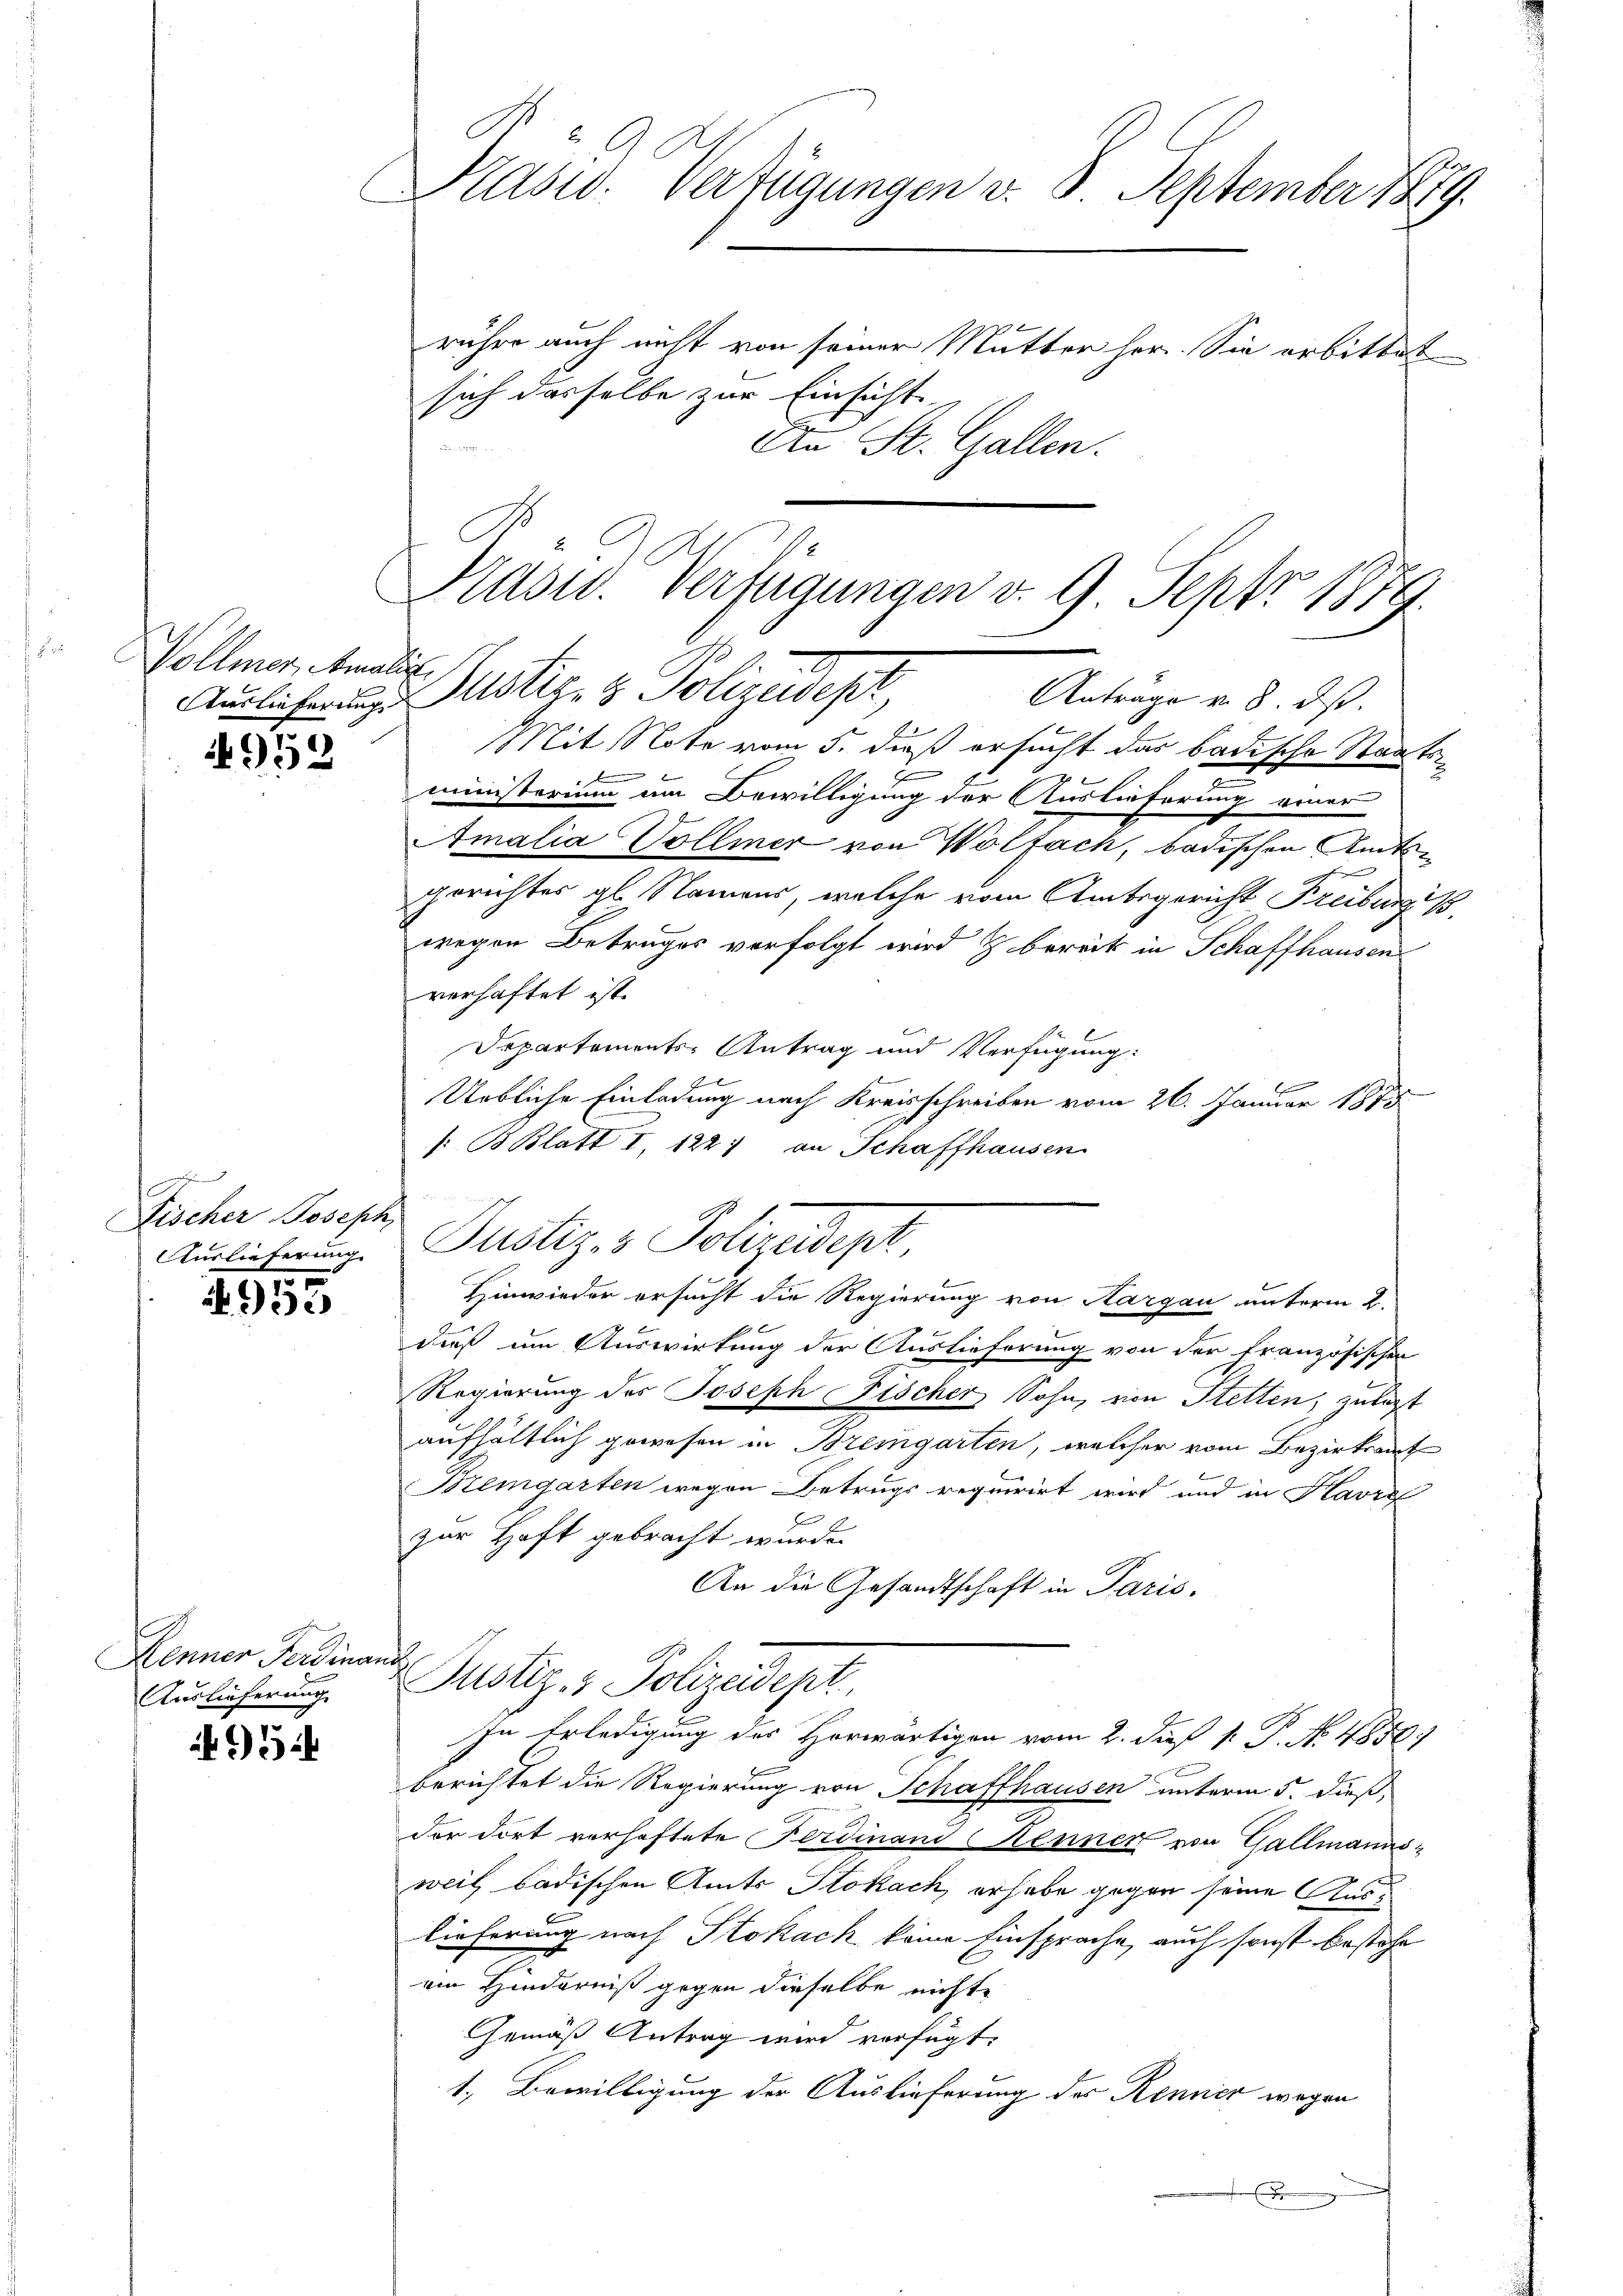
G
Drasw. Verfügungen v. 8. September 1889.
rüher auch nicht von seiner Mutter her. Sie erbittet
sich dasselbe zur Einsicht
An St. Gallen.

2.
Prasw. Verfügungen d. 9 Sept 1879.

Auslicherunge Justiz- & Polizeidept,
Antrage v. 8. ds.

Vollmer, Amalis

Mit Note vom 5. dieß ersucht das badische Staats¬
J
ministerium am Bewilligung der Auslieferung einer
Amalia Vollmer von Wolfach, badischen Amtsf
gerichtes gl. Namens, welche vom Amtsgericht Freiburgis
wegen Betruges verfolgt wird & bereits in Schaffhausen
verhaftet ist.
Irpartements-Antrag und Verfügung:
b
Uebliche Einladung nach Kreisschreiben vom 26. Januar 1873
[: B. Blatt I. 122) an Schaffhausen
Justiz- & Polizeidept,
Hinwieder ersucht die Regierung von Aargau unterm 2.
dieß um Auswirkung der Auslieferung von der französischen
Regierung des Joseph Fischer Sohn, von Stetten, zulezt
aufhältlich gewesen in Bremgarten, welcher vom Bezirksamt
Kemgarten wegen Betrugs requirirt wird und in Havre
zur Haft gebracht wurde.
An die Gesandtschaft in Paris
nich
Justiz- & Polizeidept,
In Erledigung des Horwärtigen vom 2. daß P. P. N. 4850)
berichtet die Regierung von Schaffhausen unterm 5. dieß,
der dort verhaftete Ferdinand Kenner von Gallmannsweil badischen Amts Stokach, erhabe gegen seine Auslieferung nach Stokach keine Einsprache, auch sonst bestehe
ein Hinderniß gegen dieselbe nichte
Gemäß Antrag wird verfügt:
1. Bewilligung der Auslieferung des Renner wegen
x

953

Fischer Joseph,
Auslieferung. |

953

Henner Ferdinar
Auslieferung

954